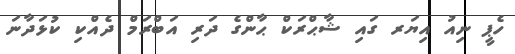
ހެޕީ ނިއު އިޔަރ ގައި ޝާޙްރަކް ޙާންގެ ދަރި އަބްރަމް ދެއްކި ކުޅަދާނަ